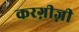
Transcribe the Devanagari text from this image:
करग़ीज़ी